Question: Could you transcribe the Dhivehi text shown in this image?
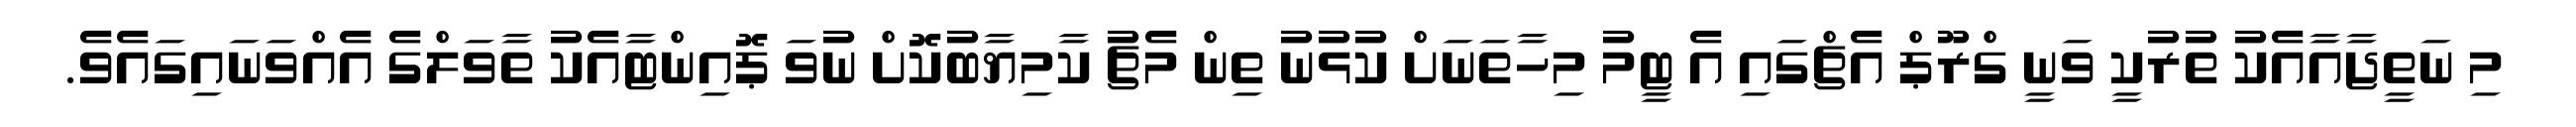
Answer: މި ނަތީޖާއާއެކު ތުރުކީ ވަނީ ގްރޫޕް އެޗްގައި އެ ޓީމު މިހާތަނަށް ކުޅުނު ތިން މެޗު ކާމިޔާބުކޮށް ނުވަ ޕޮއިންޓާއެކު ތާވަލްގެ އެއްވަނައިގައެވެ.